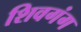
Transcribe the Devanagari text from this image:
शिवगंग